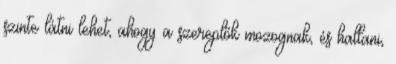
szinte látni lehet, ahogy a szereplők mozognak, és hallani,